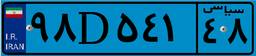
۵۱D۱۹۳۶۶